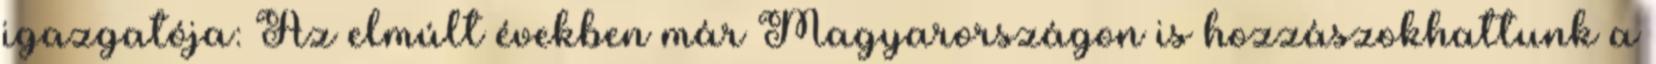
igazgatója: Az elmúlt években már Magyarországon is hozzászokhattunk a